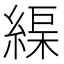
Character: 𦂘